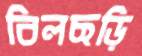
বিলছড়ি